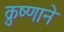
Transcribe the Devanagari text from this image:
क्रुष्णाने